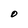
Character: O